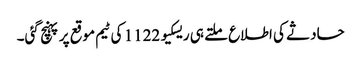
حادثے کی اطلاع ملتے ہی ریسکیو 1122 کی ٹیم موقع پر پہنچ گئی۔